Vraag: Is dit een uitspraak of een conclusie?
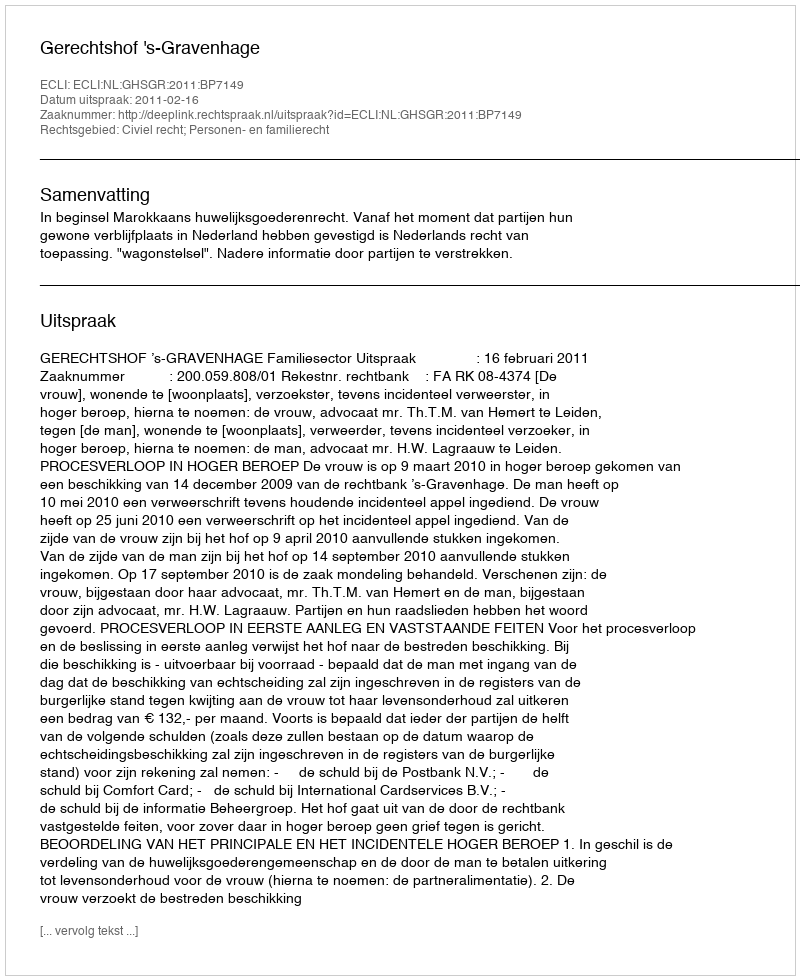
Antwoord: Uitspraak